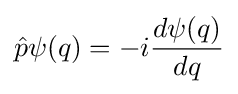
{\hat {p}}\psi (q)=-i{d\psi (q) \over dq}